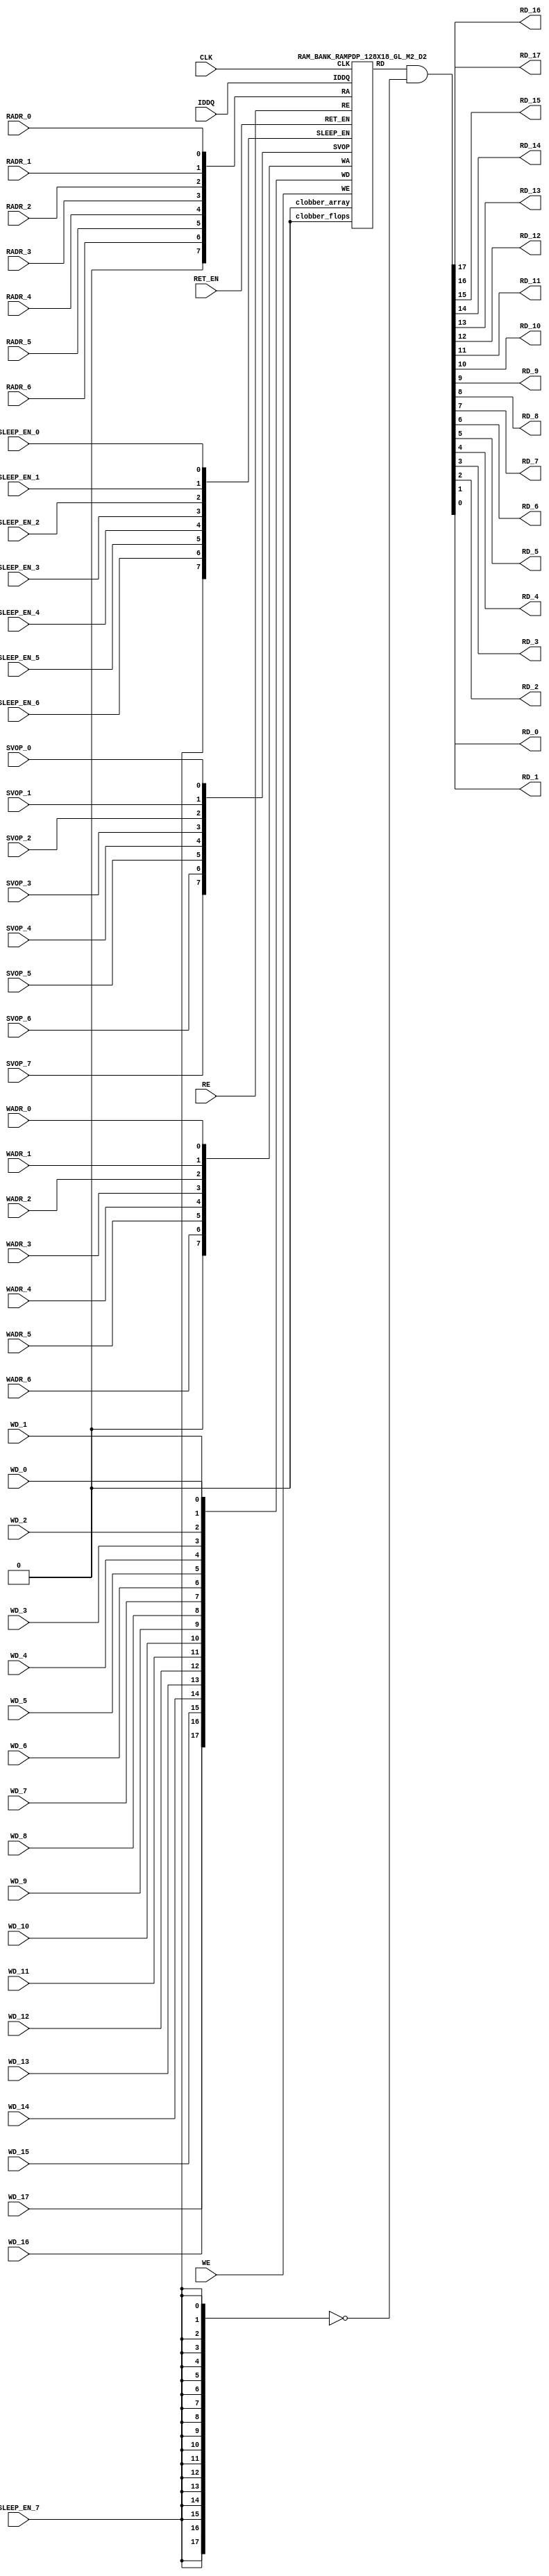
// ================================================================
// NVDLA Open Source Project
// 
// Copyright(c) 2016 - 2017 NVIDIA Corporation.  Licensed under the
// NVDLA Open Hardware License; Check "LICENSE" which comes with 
// this distribution for more information.
// ================================================================


`ifdef EMULATION
	`define SYNTHESIS
`endif

`ifndef SYNTHESIS
	`ifdef FAULT_INJECTION
		`define SIM_and_FAULT
	`endif
`endif

`ifndef SYNTHESIS
	`ifdef MONITOR
		`define SIM_and_MONITOR
	`endif
`endif


`ifndef SYNTHESIS 
`timescale 10ps/1ps
`endif 
`celldefine
module RAMPDP_128X18_GL_M2_D2 (  WE,  CLK, IDDQ, SVOP_0, SVOP_1, SVOP_2, SVOP_3, SVOP_4, SVOP_5, SVOP_6, SVOP_7 
,WD_17, WD_16, WD_15, WD_14, WD_13, WD_12, WD_11, WD_10, WD_9, WD_8, WD_7, WD_6, WD_5, WD_4, WD_3, WD_2, WD_1, WD_0,RD_17, RD_16, RD_15, RD_14, RD_13, RD_12, RD_11, RD_10, RD_9, RD_8, RD_7, RD_6, RD_5, RD_4, RD_3, RD_2, RD_1, RD_0, RE
, RADR_6, RADR_5, RADR_4, RADR_3, RADR_2, RADR_1, RADR_0, WADR_6, WADR_5, WADR_4, WADR_3, WADR_2, WADR_1, WADR_0, SLEEP_EN_7, SLEEP_EN_6, SLEEP_EN_5, SLEEP_EN_4, SLEEP_EN_3, SLEEP_EN_2, SLEEP_EN_1, SLEEP_EN_0, RET_EN
);

// nvProps NoBus SLEEP_EN_

`ifndef RAM_INTERFACE
`ifndef SYNTHESIS
// Physical ram size defined as localparam
parameter phy_rows = 64;
parameter phy_cols = 36;
parameter phy_rcols_pos = 36'b000000000000000000000000000000000000;

`endif //SYNTHESIS
`endif //RAM_INTERFACE

// Test mode control ports
input IDDQ;
// Clock port
input CLK;
// SVOP ports
input SVOP_0, SVOP_1, SVOP_2, SVOP_3, SVOP_4, SVOP_5, SVOP_6, SVOP_7;
// Write data ports
input WD_17, WD_16, WD_15, WD_14, WD_13, WD_12, WD_11, WD_10, WD_9, WD_8, WD_7, WD_6, WD_5, WD_4, WD_3, WD_2, WD_1, WD_0;
// Read data ports
output RD_17, RD_16, RD_15, RD_14, RD_13, RD_12, RD_11, RD_10, RD_9, RD_8, RD_7, RD_6, RD_5, RD_4, RD_3, RD_2, RD_1, RD_0;
// Read enable ports
input RE;
// Write enable ports
input WE;
// Read address ports
input RADR_6, RADR_5, RADR_4, RADR_3, RADR_2, RADR_1, RADR_0;
// Write address ports
input WADR_6, WADR_5, WADR_4, WADR_3, WADR_2, WADR_1, WADR_0;

// PG Zone enables
input SLEEP_EN_0, SLEEP_EN_1, SLEEP_EN_2, SLEEP_EN_3, SLEEP_EN_4, SLEEP_EN_5, SLEEP_EN_6, SLEEP_EN_7, RET_EN;

`ifndef RAM_INTERFACE
wire VDD = 1'b1;
wire GND  = 1'b0;

// Combine the sleep enable pins into one bus
	wire [7:0] SLEEP_EN = {SLEEP_EN_7, SLEEP_EN_6, SLEEP_EN_5, SLEEP_EN_4, SLEEP_EN_3, SLEEP_EN_2, SLEEP_EN_1, SLEEP_EN_0};

// Signal to clamp the outputs when the VDD is power gated off.
	wire clamp_rd   = SLEEP_EN[7] ;

// State point clobering signals
// X-out state points when their power goes out
    wire clobber_x;
`ifndef SYNTHESIS
`ifdef DISABLE_REPAIR_X
    wire check_x = (RET_EN ^ (^SLEEP_EN[7:0]) ^  SVOP_0 ^ SVOP_1 ^ SVOP_2 ^ SVOP_3 ^ SVOP_4 ^ SVOP_5 ^ SVOP_6 ^ SVOP_7);
`else 
    wire check_x = (RET_EN ^ (^SLEEP_EN[7:0]) ^  SVOP_0 ^ SVOP_1 ^ SVOP_2 ^ SVOP_3 ^ SVOP_4 ^ SVOP_5 ^ SVOP_6 ^ SVOP_7 );
`endif 
    assign clobber_x = ((check_x === 1'bx) || (check_x === 1'bz))?1'b1:1'b0;
 
    wire clobber_array = (~RET_EN & (|SLEEP_EN[3:0]))  | clobber_x;
    wire clobber_flops = (|SLEEP_EN[7:4]) | clobber_x ;
`else //SYNTHESIS
    wire clobber_array = 1'b0;
    wire clobber_flops = 1'b0;
    assign clobber_x = 1'b0;
`endif //SYNTHESIS 

// Output valid signal
// Outputs are unknown in non-retention mode if VDDM is powered up , but VDD is not 
    wire outvalid;
	assign outvalid = ~(clobber_x | (~RET_EN & (|SLEEP_EN[3:0]) & (|(~SLEEP_EN[7:4]))));


//assemble & rename wires
// Extend the MSB's of the read/write addresses to cover all the flop inputs
// The number of address flops is fixed. Also combine all the individual *_* bits into one bus
	wire [7:0] RA = {1'b0, RADR_6, RADR_5, RADR_4, RADR_3, RADR_2, RADR_1, RADR_0};
	wire [7:0] WA = {1'b0, WADR_6, WADR_5, WADR_4, WADR_3, WADR_2, WADR_1, WADR_0};
// Combine all the write data input bits
	wire [17:0] WD = {WD_17, WD_16, WD_15, WD_14, WD_13, WD_12, WD_11, WD_10, WD_9, WD_8, WD_7, WD_6, WD_5, WD_4, WD_3, WD_2, WD_1, WD_0};
	wire [17:0] RD;
// Expand the read data bus into individual output bits
//	assign {RD_17, RD_16, RD_15, RD_14, RD_13, RD_12, RD_11, RD_10, RD_9, RD_8, RD_7, RD_6, RD_5, RD_4, RD_3, RD_2, RD_1, RD_0} = (outvalid) ? RD : 18'bx;
// Do the read data swizzing based on the number of words and bits. 
`ifndef SYNTHESIS
	assign {RD_17, RD_16, RD_15, RD_14, RD_13, RD_12, RD_11, RD_10, RD_9, RD_8, RD_7, RD_6, RD_5, RD_4, RD_3, RD_2, RD_1, RD_0} = (outvalid) ? RD & ~{18{clamp_rd}} : 18'bx;
`else
	assign {RD_17, RD_16, RD_15, RD_14, RD_13, RD_12, RD_11, RD_10, RD_9, RD_8, RD_7, RD_6, RD_5, RD_4, RD_3, RD_2, RD_1, RD_0} =  RD & ~{18{clamp_rd}};
`endif
	wire [7:0] SVOP = {SVOP_7, SVOP_6, SVOP_5, SVOP_4, SVOP_3, SVOP_2, SVOP_1, SVOP_0};


`ifndef EMULATION

// Instantiate memory bank
// This block defines the core functionality of the rams.
	RAM_BANK_RAMPDP_128X18_GL_M2_D2 ITOP ( WE, CLK, IDDQ, SVOP, WD, RD, RE, RA, WA
, SLEEP_EN
,  RET_EN, clobber_array , clobber_flops 
);

`ifndef SYNTHESIS 
// Tasks for initializing the arrays
//VCS coverage off    
always  @(clobber_array) begin : clobber_array_block
    integer i;
    if (clobber_array) begin
	    for (i=0; i<128; i=i+1) begin
		     mem_wr_raw(i, {18{1'bx}});
		end
    end
end


always  @(clobber_flops) begin
  if (clobber_flops) begin
      ITOP.RE_LATB <= 1'bx;
      ITOP.RE_FF <= 1'bx;
      ITOP.WE_LATB <= 1'bx;
      ITOP.WE_FF <= 1'bx;
      ITOP.RADR <= 8'bx;
      ITOP.WADR <= 8'bx;
      ITOP.WAFF <= 8'bx;
      ITOP.WDQ_pr <= 18'bx;
      ITOP.dout <= 18'bx;
  end
end  
//VCS coverage on    

//VCS coverage off    
task mem_wr_raw;
  input [6:0] addr;
  input [17:0] data;
  begin
    if (addr[0] == 1'b0) 
        ITOP.iow0.mem_wr_raw_subbank(addr[6:1], data);
    else if (addr[0] == 1'b1)
        ITOP.iow1.mem_wr_raw_subbank(addr[6:1], data);
  end
endtask

// Ramgen function for writing the arrays 
task mem_write;
  input [6:0] addr;
  input [17:0] data;
  begin
    ITOP.mem_write_bank(addr,data);
  end
endtask

// Ramgen function for reading the arrays 
function [17:0] mem_read;
input [6:0] addr;
  begin
        mem_read = ITOP.mem_read_bank(addr);
  end
endfunction


// Random only generates 32 bit value.
// If nbits > 32, call it multiple times
// Old random fill fills all memory locations with same random value


task mem_fill_random;
	reg [17:0] val;
	integer i;
	begin
		for (i=0; i<128; i=i+1) begin
		    val = {$random};
		    mem_wr_raw(i, val);
		end
	end 
endtask

// Fill the memory with a given bit value 
task mem_fill_value;
    input fill_bit;
	reg [17:0] val;
    integer i;
    begin
        val = {18{fill_bit}};
        for (i=0; i<128; i=i+1) begin
		    mem_wr_raw(i, val);
        end
    end
endtask 

// read logical address and feed into salat
task force_rd;
input [6:0] addr;
	reg [17:0] rd;

	`ifdef USE_RAMINIT_LIBS
	reg raminit_active, raminit_argcheck, raminit_debug, raminit_enable, raminit_random, raminit_invert,
	    raminit_val, raminit_waitclock, raminit_use_force;
	real raminit_delay_ns, raminit_waitclock_check_ns;
	initial
	begin
	  raminit_active    = 0; // default is inactive (plusarg to active the ram init functionality)
	  raminit_argcheck  = 0; // default is no plusargs check (apart from raminit_active and raminit_argcheck)
	  raminit_debug     = 0; // default is no debug messages
	  raminit_enable    = 0; // default is no init (variable indicating if the ram init functionality is enabled for this instance)
	  raminit_random    = 0; // default is no random init
	  raminit_invert    = 0; // default is not to invert the init value
	  raminit_val       = 0; // default init value is zero
	  raminit_waitclock = 0; // default is not to wait to clock to be non-X
	  raminit_use_force = 1; // default is to use force/release
	  raminit_delay_ns           = `ifdef NV_TOP_RESET_ON_DELAY  (`NV_TOP_RESET_ON_DELAY+2) `else 3 `endif; // default is 2ns after nv_top_reset_ goes low or ram clock is not X
	  raminit_waitclock_check_ns = `ifdef NV_TOP_RESET_OFF_DELAY (`NV_TOP_RESET_OFF_DELAY)  `else 0 `endif; // default is when nv_top_reset_ goes high
	  $value$plusargs("raminit_active=%d",    raminit_active);
	  $value$plusargs("raminit_argcheck=%d",  raminit_argcheck);
	  if (raminit_argcheck)
	  begin
	    // The following variables are not usually used as plusargs, but instead set through add_inst_array calls or the init_inst_file.
	    $value$plusargs("raminit_debug=%d",              raminit_debug);
	    $value$plusargs("raminit_enable=%d",             raminit_enable);
	    $value$plusargs("raminit_random=%d",             raminit_random);
	    $value$plusargs("raminit_invert=%d",             raminit_invert);
	    $value$plusargs("raminit_val=%d",                raminit_val);
	    $value$plusargs("raminit_waitclock=%d",          raminit_waitclock);
	    $value$plusargs("raminit_delay_ns=%f",           raminit_delay_ns);
	    $value$plusargs("raminit_waitclock_check_ns=%f", raminit_waitclock_check_ns);
	    $value$plusargs("raminit_use_force=%d",          raminit_use_force);
	  end
	  `ifdef INST_CHECK
	  `INST_CHECK(ram_inst_check0,raminit_active,raminit_debug,raminit_enable,raminit_random,raminit_val,raminit_invert,raminit_waitclock,raminit_delay_ns,raminit_waitclock_check_ns);
	  `endif
	  if (!raminit_active)  raminit_enable = 0;
	  else if (raminit_enable)
	  begin
	    if (raminit_random) raminit_val = `ifdef NO_PLI 1'b0 `else $RollPLI(0,1) `endif;
	    if (raminit_invert) raminit_val = ~raminit_val;
	  end
	  if (raminit_debug)
	  begin
	    $display("%m: raminit_active              = %d", raminit_active);
	    $display("%m: raminit_argcheck            = %d", raminit_argcheck);
	    $display("%m: raminit_debug               = %d", raminit_debug);
	    $display("%m: raminit_enable              = %d", raminit_enable);
	    $display("%m: raminit_random              = %d", raminit_random);
	    $display("%m: raminit_invert              = %d", raminit_invert);
	    $display("%m: raminit_val                 = %d", raminit_val);
	    $display("%m: raminit_waitclock           = %d", raminit_waitclock);
	    $display("%m: raminit_delay_ns            = %f ns", raminit_delay_ns);
	    $display("%m: raminit_waitclock_check_ns  = %f ns", raminit_waitclock_check_ns);
	    $display("%m: raminit_use_force           = %d", raminit_use_force);
	  end
	end
	`endif

	`ifdef USE_RAMINIT_LIBS
	// init rd
	task init_rd_regs;
	begin
	  #0; // wait for raminit variables to be set
	  if (raminit_enable)
	  begin : raminit_val_blk
	    reg [18-1:0] raminit_fullval;
	    if (raminit_random)  raminit_fullval = `ifdef NO_PLI {18 {1'b1}} `else { $RollPLI(0,{18{1'b1}}) } `endif ;
	    else                 raminit_fullval = {18 {raminit_val}};
	    if (raminit_invert)  raminit_fullval = ~raminit_fullval;
	    if (raminit_use_force)  force rd = raminit_fullval;
	    if (raminit_waitclock)  wait ( !== 1'bx);
	    #(raminit_delay_ns*100);
	    `ifdef INST_WAITCLOCK_CHECK
	    `INST_WAITCLOCK_CHECK(waitclock_inst_check0,raminit_waitclock,raminit_waitclock_check_ns,100)
	    `endif
	    if (raminit_use_force)  release rd;
	    rd = raminit_fullval;
	  end
	end
	endtask
	initial begin init_rd_regs();  end
	`ifdef RAMINIT_TRIGGER
	always @(`RAMINIT_TRIGGER)  init_rd_regs();
	`endif
	`endif // `ifdef USE_RAMINIT_LIBS

	begin
        if (addr[0] == 1'b0) 
            rd = ITOP.iow0.mem_read_raw_subbank(addr[6:1]);
        else if (addr[0] == 1'b1)
            rd = ITOP.iow1.mem_read_raw_subbank(addr[6:1]);
		ITOP.dout = rd;
	end
endtask

`ifdef MEM_PHYS_INFO
//function for physical array read row, takes physical address
function [35:0] mem_phys_read_padr;
input [5:0] addr;
	reg [35:0] rd_row;

	`ifdef USE_RAMINIT_LIBS
	// init rd_row
	task init_rd_row_regs;
	begin
	  #0; // wait for raminit variables to be set
	  if (raminit_enable)
	  begin : raminit_val_blk
	    reg [36-1:0] raminit_fullval;
	    if (raminit_random)  raminit_fullval = `ifdef NO_PLI {36 {1'b1}} `else { $RollPLI(0,{32{1'b1}}), $RollPLI(0,{4{1'b1}}) } `endif ;
	    else                 raminit_fullval = {36 {raminit_val}};
	    if (raminit_invert)  raminit_fullval = ~raminit_fullval;
	    if (raminit_use_force)  force rd_row = raminit_fullval;
	    if (raminit_waitclock)  wait ( !== 1'bx);
	    #(raminit_delay_ns*100);
	    `ifdef INST_WAITCLOCK_CHECK
	    `INST_WAITCLOCK_CHECK(waitclock_inst_check1,raminit_waitclock,raminit_waitclock_check_ns,100)
	    `endif
	    if (raminit_use_force)  release rd_row;
	    rd_row = raminit_fullval;
	  end
	end
	endtask
	initial begin init_rd_row_regs();  end
	`ifdef RAMINIT_TRIGGER
	always @(`RAMINIT_TRIGGER)  init_rd_row_regs();
	`endif
	`endif // `ifdef USE_RAMINIT_LIBS

	reg [17:0] rd[1:0];
	integer i;
	begin
        rd[0] = ITOP.iow0.mem_read_raw_subbank(addr);
        rd[1] = ITOP.iow1.mem_read_raw_subbank(addr);
        for (i=0; i<=17; i=i+1) begin
            rd_row[i*2+0] = rd[0][i];
            rd_row[i*2+1] = rd[1][i];
		end
		mem_phys_read_padr = rd_row;
	end
endfunction

//function for physical array read row, takes logical address
function [35:0] mem_phys_read_ladr;
input [6:0] addr;
    reg [5:0] paddr;
	reg [35:0] rd_row;

	`ifdef USE_RAMINIT_LIBS
	// init rd_row
	task init_rd_row_regs;
	begin
	  #0; // wait for raminit variables to be set
	  if (raminit_enable)
	  begin : raminit_val_blk
	    reg [36-1:0] raminit_fullval;
	    if (raminit_random)  raminit_fullval = `ifdef NO_PLI {36 {1'b1}} `else { $RollPLI(0,{32{1'b1}}), $RollPLI(0,{4{1'b1}}) } `endif ;
	    else                 raminit_fullval = {36 {raminit_val}};
	    if (raminit_invert)  raminit_fullval = ~raminit_fullval;
	    if (raminit_use_force)  force rd_row = raminit_fullval;
	    if (raminit_waitclock)  wait ( !== 1'bx);
	    #(raminit_delay_ns*100);
	    `ifdef INST_WAITCLOCK_CHECK
	    `INST_WAITCLOCK_CHECK(waitclock_inst_check2,raminit_waitclock,raminit_waitclock_check_ns,100)
	    `endif
	    if (raminit_use_force)  release rd_row;
	    rd_row = raminit_fullval;
	  end
	end
	endtask
	initial begin init_rd_row_regs();  end
	`ifdef RAMINIT_TRIGGER
	always @(`RAMINIT_TRIGGER)  init_rd_row_regs();
	`endif
	`endif // `ifdef USE_RAMINIT_LIBS

	reg [17:0] rd[1:0];
	integer i;
	begin
        paddr = (addr >> 1);
        rd[0] = ITOP.iow0.mem_read_raw_subbank(paddr);
        rd[1] = ITOP.iow1.mem_read_raw_subbank(paddr);
        for (i=0; i<=17; i=i+1) begin
            rd_row[i*2+0] = rd[0][i];
            rd_row[i*2+1] = rd[1][i];
		end
		mem_phys_read_ladr = rd_row;
	end
endfunction


//function for physical array read row with column masking, takes logical address
function [35:0] mem_phys_read_pmasked;
input [6:0] addr;
   reg [35:0] rd_row;

   `ifdef USE_RAMINIT_LIBS
   // init rd_row
   task init_rd_row_regs;
   begin
     #0; // wait for raminit variables to be set
     if (raminit_enable)
     begin : raminit_val_blk
       reg [36-1:0] raminit_fullval;
       if (raminit_random)  raminit_fullval = `ifdef NO_PLI {36 {1'b1}} `else { $RollPLI(0,{32{1'b1}}), $RollPLI(0,{4{1'b1}}) } `endif ;
       else                 raminit_fullval = {36 {raminit_val}};
       if (raminit_invert)  raminit_fullval = ~raminit_fullval;
       if (raminit_use_force)  force rd_row = raminit_fullval;
       if (raminit_waitclock)  wait ( !== 1'bx);
       #(raminit_delay_ns*100);
       `ifdef INST_WAITCLOCK_CHECK
       `INST_WAITCLOCK_CHECK(waitclock_inst_check3,raminit_waitclock,raminit_waitclock_check_ns,100)
       `endif
       if (raminit_use_force)  release rd_row;
       rd_row = raminit_fullval;
     end
   end
   endtask
   initial begin init_rd_row_regs();  end
   `ifdef RAMINIT_TRIGGER
   always @(`RAMINIT_TRIGGER)  init_rd_row_regs();
   `endif
   `endif // `ifdef USE_RAMINIT_LIBS

   reg [17:0] rd[1 : 0];
   integer i;
   begin
        rd[0] = (addr[0:0] === 0) ? ITOP.iow0.mem_read_raw_subbank(addr[6:1]) : 18'bx;
        rd[1] = (addr[0:0] === 1) ? ITOP.iow1.mem_read_raw_subbank(addr[6:1]) : 18'bx;
        for (i=0; i<=17; i=i+1) begin
            rd_row[i*2+0] = rd[0][i];
            rd_row[i*2+1] = rd[1][i];
        end
        mem_phys_read_pmasked = rd_row;
    end
endfunction

//Task for physical array write row, takes physical address
task mem_phys_write;
input [5:0] addr;
input [35:0] data;
	reg [17:0] wr[1:0];
	integer i;
	begin
        for (i=0; i<=17; i=i+1) begin
            wr[0][i] = data[i*2+0];
            wr[1][i] = data[i*2+1];
		end
        ITOP.iow0.mem_wr_raw_subbank(addr,wr[0]);
        ITOP.iow1.mem_wr_raw_subbank(addr,wr[1]);
	end
endtask

// Function to return a physical address given a logical address input.
function [5:0] mem_log_to_phys_adr;
input [6:0] addr;
    begin
        mem_log_to_phys_adr = (addr >> 1) ; 
    end
endfunction 
`endif //MEM_PHYS_INFO

`ifdef MONITOR
// Monitor dump trigger
reg dump_monitor_result;

initial begin : init_monitor
  dump_monitor_result = 1'b0;
end

task monitor_on;
    begin
		ITOP.iow0.monitor_on = 1'b1;
		ITOP.iow1.monitor_on = 1'b1;
   end
endtask

task monitor_off;
    begin
		ITOP.iow0.monitor_on = 1'b0;
		ITOP.iow1.monitor_on = 1'b0;
        dump_monitor_result = 1'b1;
    end
endtask

// read bit_written monitor row by physical address from subarray
function [35:0] mon_bit_w;
input [5:0] addr;
	reg [35:0] mon_row;
	reg [17:0] mon_word[1:0];
	integer i;
	begin
		// read all monitor words for a row
		mon_word[0] = ITOP.iow0.bit_written[addr];
		mon_word[1] = ITOP.iow1.bit_written[addr];
		// combine all 2 words to a row
		for (i=0; i<=17; i=i+1) begin
			mon_row[i*2+0] = mon_word[0][i];
			mon_row[i*2+1] = mon_word[1][i];
		end
		mon_bit_w = mon_row;
	end
endfunction

// read bit_read monitor word by address from subarray
function [35:0] mon_bit_r;
input [5:0] addr;
	reg [35:0] mon_row;
	reg [17:0] mon_word[1:0];
	integer i;
	begin
		// read all monitor words for a row
		mon_word[0] = ITOP.iow0.bit_read[addr];
		mon_word[1] = ITOP.iow1.bit_read[addr];
		// combine all 2 words to a row
		for (i=0; i<=17; i=i+1) begin
			mon_row[i*2+0] = mon_word[0][i];
			mon_row[i*2+1] = mon_word[1][i];
		end
		mon_bit_r = mon_row;
	end
endfunction

// read word_written monitor row by physical address from subarray
function  mon_word_w;
input [5:0] addr;
	reg mon_word[1:0];
	integer i;
	begin
		// read all monitor words for a row
		mon_word[0] = ITOP.iow0.word_written[addr];
		mon_word[1] = ITOP.iow1.word_written[addr];
		// combine all 2 words to a row
		mon_word_w = mon_word[0] | mon_word[1] ;
	end
endfunction

// read word_read monitor row by physical address from subarray
function  mon_word_r;
input [5:0] addr;
	reg mon_word[1:0];
	integer i;
	begin
		// read all monitor words for a row
		mon_word[0] = ITOP.iow0.word_read[addr];
		mon_word[1] = ITOP.iow1.word_read[addr];
		// combine all 2 words to a row
		mon_word_r = mon_word[0] | mon_word[1] ;
	end
endfunction

always @(dump_monitor_result) begin : dump_monitor
	integer i;
	integer j;
	reg [35:0] tmp_row;
    reg tmp_bit;
	if (dump_monitor_result == 1'b1) begin
	    $display("Exercised coverage summary:");
        $display("\t%m rows unwritten:");
        for(i=0;i<=64;i=i+1) begin
			tmp_bit = mon_word_w(i);
            if (tmp_bit !== 1) $display("\t\trow %d", i);
		end
        $display("\t%m rows unread:");
        for(i=0;i<=64;i=i+1) begin
			tmp_bit = mon_word_r(i);
            if (tmp_bit !== 1) $display("\t\trow %d", i);
		end
		$display("\t%m bits not written as 0:");
		for (i=0; i<64; i=i+1) begin
			tmp_row = mon_bit_w(i);
			for (j=0; j<36; j=j+1) begin
				if (tmp_row[j] !== 1'b0 && tmp_row[j] !== 1'bz) $display("\t\t[row,bit] [%d,%d]", i, j);
			end
		end
		$display("\t%m bits not written as 1:");
		for (i=0; i<64; i=i+1) begin
			tmp_row = mon_bit_w(i);
			for (j=0; j<36; j=j+1) begin
				if (tmp_row[j] !== 1'b1 && tmp_row[j] !== 1'bz) $display("\t\t[row,bit] [%d,%d]", i, j);
			end
		end
		$display("\t%m bits not read as 0:");
		for (i=0; i<64; i=i+1) begin
			tmp_row = mon_bit_r(i);
			for (j=0; j<36; j=j+1) begin
				if (tmp_row[j] !== 1'b0 && tmp_row[j] !== 1'bz) $display("\t\t[row,bit] [%d,%d]", i, j);
			end
		end
		$display("\t%m bits not read as 1:");
		for (i=0; i<64; i=i+1) begin
			tmp_row = mon_bit_r(i);
			for (j=0; j<36; j=j+1) begin
				if (tmp_row[j] !== 1'b1 && tmp_row[j] !== 1'bz) $display("\t\t[row,bit] [%d,%d]", i, j);
			end
		end
		dump_monitor_result = 1'b0;
	end
end

//VCS coverage on    
`endif // MONITOR

`ifdef NV_RAM_EXPAND_ARRAY
wire [17:0] Q_0 = ITOP.iow0.arr[0];
wire [17:0] Q_1 = ITOP.iow1.arr[0];
wire [17:0] Q_2 = ITOP.iow0.arr[1];
wire [17:0] Q_3 = ITOP.iow1.arr[1];
wire [17:0] Q_4 = ITOP.iow0.arr[2];
wire [17:0] Q_5 = ITOP.iow1.arr[2];
wire [17:0] Q_6 = ITOP.iow0.arr[3];
wire [17:0] Q_7 = ITOP.iow1.arr[3];
wire [17:0] Q_8 = ITOP.iow0.arr[4];
wire [17:0] Q_9 = ITOP.iow1.arr[4];
wire [17:0] Q_10 = ITOP.iow0.arr[5];
wire [17:0] Q_11 = ITOP.iow1.arr[5];
wire [17:0] Q_12 = ITOP.iow0.arr[6];
wire [17:0] Q_13 = ITOP.iow1.arr[6];
wire [17:0] Q_14 = ITOP.iow0.arr[7];
wire [17:0] Q_15 = ITOP.iow1.arr[7];
wire [17:0] Q_16 = ITOP.iow0.arr[8];
wire [17:0] Q_17 = ITOP.iow1.arr[8];
wire [17:0] Q_18 = ITOP.iow0.arr[9];
wire [17:0] Q_19 = ITOP.iow1.arr[9];
wire [17:0] Q_20 = ITOP.iow0.arr[10];
wire [17:0] Q_21 = ITOP.iow1.arr[10];
wire [17:0] Q_22 = ITOP.iow0.arr[11];
wire [17:0] Q_23 = ITOP.iow1.arr[11];
wire [17:0] Q_24 = ITOP.iow0.arr[12];
wire [17:0] Q_25 = ITOP.iow1.arr[12];
wire [17:0] Q_26 = ITOP.iow0.arr[13];
wire [17:0] Q_27 = ITOP.iow1.arr[13];
wire [17:0] Q_28 = ITOP.iow0.arr[14];
wire [17:0] Q_29 = ITOP.iow1.arr[14];
wire [17:0] Q_30 = ITOP.iow0.arr[15];
wire [17:0] Q_31 = ITOP.iow1.arr[15];
wire [17:0] Q_32 = ITOP.iow0.arr[16];
wire [17:0] Q_33 = ITOP.iow1.arr[16];
wire [17:0] Q_34 = ITOP.iow0.arr[17];
wire [17:0] Q_35 = ITOP.iow1.arr[17];
wire [17:0] Q_36 = ITOP.iow0.arr[18];
wire [17:0] Q_37 = ITOP.iow1.arr[18];
wire [17:0] Q_38 = ITOP.iow0.arr[19];
wire [17:0] Q_39 = ITOP.iow1.arr[19];
wire [17:0] Q_40 = ITOP.iow0.arr[20];
wire [17:0] Q_41 = ITOP.iow1.arr[20];
wire [17:0] Q_42 = ITOP.iow0.arr[21];
wire [17:0] Q_43 = ITOP.iow1.arr[21];
wire [17:0] Q_44 = ITOP.iow0.arr[22];
wire [17:0] Q_45 = ITOP.iow1.arr[22];
wire [17:0] Q_46 = ITOP.iow0.arr[23];
wire [17:0] Q_47 = ITOP.iow1.arr[23];
wire [17:0] Q_48 = ITOP.iow0.arr[24];
wire [17:0] Q_49 = ITOP.iow1.arr[24];
wire [17:0] Q_50 = ITOP.iow0.arr[25];
wire [17:0] Q_51 = ITOP.iow1.arr[25];
wire [17:0] Q_52 = ITOP.iow0.arr[26];
wire [17:0] Q_53 = ITOP.iow1.arr[26];
wire [17:0] Q_54 = ITOP.iow0.arr[27];
wire [17:0] Q_55 = ITOP.iow1.arr[27];
wire [17:0] Q_56 = ITOP.iow0.arr[28];
wire [17:0] Q_57 = ITOP.iow1.arr[28];
wire [17:0] Q_58 = ITOP.iow0.arr[29];
wire [17:0] Q_59 = ITOP.iow1.arr[29];
wire [17:0] Q_60 = ITOP.iow0.arr[30];
wire [17:0] Q_61 = ITOP.iow1.arr[30];
wire [17:0] Q_62 = ITOP.iow0.arr[31];
wire [17:0] Q_63 = ITOP.iow1.arr[31];
wire [17:0] Q_64 = ITOP.iow0.arr[32];
wire [17:0] Q_65 = ITOP.iow1.arr[32];
wire [17:0] Q_66 = ITOP.iow0.arr[33];
wire [17:0] Q_67 = ITOP.iow1.arr[33];
wire [17:0] Q_68 = ITOP.iow0.arr[34];
wire [17:0] Q_69 = ITOP.iow1.arr[34];
wire [17:0] Q_70 = ITOP.iow0.arr[35];
wire [17:0] Q_71 = ITOP.iow1.arr[35];
wire [17:0] Q_72 = ITOP.iow0.arr[36];
wire [17:0] Q_73 = ITOP.iow1.arr[36];
wire [17:0] Q_74 = ITOP.iow0.arr[37];
wire [17:0] Q_75 = ITOP.iow1.arr[37];
wire [17:0] Q_76 = ITOP.iow0.arr[38];
wire [17:0] Q_77 = ITOP.iow1.arr[38];
wire [17:0] Q_78 = ITOP.iow0.arr[39];
wire [17:0] Q_79 = ITOP.iow1.arr[39];
wire [17:0] Q_80 = ITOP.iow0.arr[40];
wire [17:0] Q_81 = ITOP.iow1.arr[40];
wire [17:0] Q_82 = ITOP.iow0.arr[41];
wire [17:0] Q_83 = ITOP.iow1.arr[41];
wire [17:0] Q_84 = ITOP.iow0.arr[42];
wire [17:0] Q_85 = ITOP.iow1.arr[42];
wire [17:0] Q_86 = ITOP.iow0.arr[43];
wire [17:0] Q_87 = ITOP.iow1.arr[43];
wire [17:0] Q_88 = ITOP.iow0.arr[44];
wire [17:0] Q_89 = ITOP.iow1.arr[44];
wire [17:0] Q_90 = ITOP.iow0.arr[45];
wire [17:0] Q_91 = ITOP.iow1.arr[45];
wire [17:0] Q_92 = ITOP.iow0.arr[46];
wire [17:0] Q_93 = ITOP.iow1.arr[46];
wire [17:0] Q_94 = ITOP.iow0.arr[47];
wire [17:0] Q_95 = ITOP.iow1.arr[47];
wire [17:0] Q_96 = ITOP.iow0.arr[48];
wire [17:0] Q_97 = ITOP.iow1.arr[48];
wire [17:0] Q_98 = ITOP.iow0.arr[49];
wire [17:0] Q_99 = ITOP.iow1.arr[49];
wire [17:0] Q_100 = ITOP.iow0.arr[50];
wire [17:0] Q_101 = ITOP.iow1.arr[50];
wire [17:0] Q_102 = ITOP.iow0.arr[51];
wire [17:0] Q_103 = ITOP.iow1.arr[51];
wire [17:0] Q_104 = ITOP.iow0.arr[52];
wire [17:0] Q_105 = ITOP.iow1.arr[52];
wire [17:0] Q_106 = ITOP.iow0.arr[53];
wire [17:0] Q_107 = ITOP.iow1.arr[53];
wire [17:0] Q_108 = ITOP.iow0.arr[54];
wire [17:0] Q_109 = ITOP.iow1.arr[54];
wire [17:0] Q_110 = ITOP.iow0.arr[55];
wire [17:0] Q_111 = ITOP.iow1.arr[55];
wire [17:0] Q_112 = ITOP.iow0.arr[56];
wire [17:0] Q_113 = ITOP.iow1.arr[56];
wire [17:0] Q_114 = ITOP.iow0.arr[57];
wire [17:0] Q_115 = ITOP.iow1.arr[57];
wire [17:0] Q_116 = ITOP.iow0.arr[58];
wire [17:0] Q_117 = ITOP.iow1.arr[58];
wire [17:0] Q_118 = ITOP.iow0.arr[59];
wire [17:0] Q_119 = ITOP.iow1.arr[59];
wire [17:0] Q_120 = ITOP.iow0.arr[60];
wire [17:0] Q_121 = ITOP.iow1.arr[60];
wire [17:0] Q_122 = ITOP.iow0.arr[61];
wire [17:0] Q_123 = ITOP.iow1.arr[61];
wire [17:0] Q_124 = ITOP.iow0.arr[62];
wire [17:0] Q_125 = ITOP.iow1.arr[62];
wire [17:0] Q_126 = ITOP.iow0.arr[63];
wire [17:0] Q_127 = ITOP.iow1.arr[63];
`endif //NV_RAM_EXPAND_ARRAY
`endif //SYNTHESIS

`ifdef FAULT_INJECTION
// BIST stuck at tasks
// induce faults on columns
//VCS coverage off    
task mem_fault_no_write;
input [17:0] fault_mask;
    begin
        ITOP.iow0.mem_fault_no_write_subbank(fault_mask);
        ITOP.iow1.mem_fault_no_write_subbank(fault_mask);
    end
endtask

task mem_fault_stuck_0;
input [17:0] fault_mask;
    begin
        ITOP.iow0.mem_fault_stuck_0_subbank(fault_mask);
        ITOP.iow1.mem_fault_stuck_0_subbank(fault_mask);
    end
endtask

task mem_fault_stuck_1;
input [17:0] fault_mask;
    begin
        ITOP.iow0.mem_fault_stuck_1_subbank(fault_mask);
        ITOP.iow1.mem_fault_stuck_1_subbank(fault_mask);
    end
endtask

task set_bit_fault_stuck_0;
input r;
input c;
integer r;
integer c;

  if ( (r % 2) == 0) 
    ITOP.iow0.set_bit_fault_stuck_0_subbank((r/2), c);
  else if  ( (r % 2) == 1)
    ITOP.iow1.set_bit_fault_stuck_0_subbank((r/2), c);

endtask

task set_bit_fault_stuck_1;
input r;
input c;
integer r;
integer c;
 
    if ( (r % 2) == 0) 
    ITOP.iow0.set_bit_fault_stuck_1_subbank((r/2), c);
  else if  ( (r % 2) == 1)
    ITOP.iow1.set_bit_fault_stuck_1_subbank((r/2), c);

endtask

task clear_bit_fault_stuck_0;
input r;
input c;
integer r;
integer c;

  if ( (r % 2) == 0) 
    ITOP.iow0.clear_bit_fault_stuck_0_subbank((r/2), c);
  else if  ( (r % 2) == 1)
    ITOP.iow1.clear_bit_fault_stuck_0_subbank((r/2), c);

endtask

task clear_bit_fault_stuck_1;
input r;
input c;
integer r;
integer c;

  if ( (r % 2) == 0) 
    ITOP.iow0.clear_bit_fault_stuck_1_subbank((r/2), c);
  else if  ( (r % 2) == 1)
    ITOP.iow1.clear_bit_fault_stuck_1_subbank((r/2), c);

endtask
//VCS coverage on    

`endif // STUCK
`else // EMULATION=1 
//VCS coverage off    
// The emulation model is a simple model which models only basic functionality and contains no test logic or redundancy.
// The model also uses flops wherever possible. Latches are avoided to help close timing on the emulator.
// The unused pins are left floating in the model.

// Register declarations
// enables 
    reg RE_FF,WE_FF,RE_LAT,WE_LAT;
// Addresses 
    reg [7:0] RAFF,WAFF;
// Data 
    reg [17:0] WD_FF;
    reg [17:0] RD_LAT;
 
// Latch the enables
//spyglass disable_block IntClock,W18 
    always @(*) begin 
        if (!CLK) begin
            RE_LAT <= RE; 
            WE_LAT <= WE; 
        end 
    end
//spyglass enable_block IntClock,W18 
            
// Flop the enables : RE/WE/RE_O
    always @(posedge CLK) begin
        RE_FF <= RE; //spyglass disable IntClock
        WE_FF <= WE; //spyglass disable IntClock
    end 

// Gated clock for the read/write operations 
    wire RECLK = CLK & RE_LAT; //spyglass disable GatedClock
    wire WECLK = CLK & WE_LAT; //spyglass disable GatedClock

// Flop the addresses/write data//mask 
    always @(posedge RECLK) 
        RAFF <= RA; //spyglass disable IntClock
    always @(posedge WECLK) begin 
        WAFF <= WA; //spyglass disable IntClock
        WD_FF <= WD; //spyglass disable IntClock
    end 



// Memory 
    reg [17:0] mem[127:0]; 

// write into the memory on negative edge of clock
   wire WRCLK = ~CLK & WE_FF ; //spyglass disable GatedClock
 
    always @(posedge WRCLK)
        mem[WAFF] <= WD_FF; //spyglass disable SYNTH_5130

// Read 
    wire [17:0] dout;
    assign dout = mem[RAFF]; //spyglass disable SYNTH_5130
    reg [17:0] dout_LAT;
    always @(RECLK or dout) 
        if (RECLK) 
            dout_LAT <= dout; //spyglass disable W18
    assign RD = dout_LAT;

`endif // EMULATION
//VCS coverage on    
`endif  // end RAM_INTERFACE
endmodule
`endcelldefine

`ifndef RAM_INTERFACE
`ifndef EMULATION

//memory bank block
module RAM_BANK_RAMPDP_128X18_GL_M2_D2 ( WE, CLK, IDDQ, SVOP, WD, RD, RE, RA, WA
, SLEEP_EN
, RET_EN , clobber_array , clobber_flops 
);

// Input/output port definitions
input  WE, CLK, IDDQ , RE;
input [7:0] SVOP;
input [17:0] WD;
input [7:0] RA, WA;
output [17:0] RD;
input [7:0] SLEEP_EN;

input RET_EN , clobber_array , clobber_flops ; 

// When there is no bypass requested, tie the internal bypass select to 0.
    wire RDBYP = 1'b0;
//Definitions of latches and flops in the design
// *_LAT --> Latched value
// *_LATB --> inverted latch value
// *_FF   --> Flopped version
	reg RE_LATB, RE_FF, WE_LATB, WE_FF;
	reg [7:0] RADR, WADR, WAFF;

    // For non-pipelined rams , capture_dis is disabled
    wire CAPT_DIS = 1'b0;

// Clamp the array access when IDDQ=1
	wire CLAMPB = ~IDDQ;
	wire latffclk = CLK;

// Latch and flop the primary control enables. This is on the unconditional clock.
// spyglass disable_block W18
	always @(*) begin
    // Latch part 
		if(!latffclk & !clobber_flops) begin
            RE_LATB     <= ~RE ;
            // Write Enable 
			WE_LATB     <= ~WE; // spyglass disable IntClock
		end // end if
	end // end always

	always @(*) begin
    // Flop part
		if (latffclk & !clobber_flops) begin
        // Flop outputs of the latches above
            WE_FF      <= ~WE_LATB;
			RE_FF      <= ~RE_LATB;
        end // end if
    end // end always
// spyglass enable_block W18
    
// Conditional clock generation.

// Write enable	and clock
// Clocks are generated when the write enable OR SE == 1 , but SHOLD == 0
    wire we_se   = ~WE_LATB;
	wire WRDCLK  = we_se & latffclk & !clobber_flops; // spyglass disable GatedClock
	wire WADRCLK = WRDCLK;

// Read enable and clock
// There is no SHOLD dependence on the read clocks because these are implemented using loopback flops
// Clocks are generated when the Read enable OR SE == 1
    wire re_se   = ~RE_LATB;
	wire RADRCLK =  re_se & latffclk ;

//  *** The model reads in A , writes in B ***
// Read clock to the memory is off the rising edge of clock
// CLk ==1 , when RE=1 or (SE=1 and SCRE=1) && (ACC_DIS == 1)
// SE=1 and SCRE=1 is needed to force known values into the latches for launch in testmodes.
	wire RECLK   = (~RE_LATB) & CLAMPB & !clobber_flops & !RET_EN & CLK;
// Writes are shifted to the low phase of the clock
// Flopped version of the enables are used to prevent glitches in the clock
// SCWI ==1 prevents writes into the memory
    wire WECLK   = WE_FF &  CLAMPB & !clobber_flops & !RET_EN & ~CLK;
	wire RWSEL   = WE_FF &  CLAMPB & ~CLK;



// Latch read addresses
// spyglass disable_block W18
	always @(*) begin
		if(!RADRCLK & !clobber_flops) begin
			RADR <= RA;
		end // end if
	end // end always


// Flop write address
	always @(posedge WADRCLK) begin
		WAFF <= WA ;
	end
// spyglass enable_block W18


// Force the MSB's to 0 in the SCRE mode. This makes sure that we will always read in from valid addresses for resetting the output latches.
	wire [7:0] RADRSWI = RADR[7:0];
// Select the read address when CLK=1 and write addresses when CLK=0
	wire [7:0] ADR = {8{RWSEL}} & WAFF | ~{8{RWSEL}} & RADRSWI;

	wire [7:0] fusePDEC2;
	wire [7:0] fusePDEC1;
	wire [7:0] fusePDEC0;
    wire fuseien;
// Non repairable rams
    assign fusePDEC2 = {8{1'b0}};
    assign fusePDEC1 = {8{1'b0}};
    assign fusePDEC0 = {8{1'b0}};
    assign fuseien = 0;

//io part
	wire [17:0] WDQ;
	wire [17:0] WDBQ;
	wire [17:0] WMNexp;
	wire [17:0] WMNQ;

// Expand the fuse predec to 512 bits . It follows the 8x8x8 repeat pattern
// We will use only the ones needed for this particular ram configuration and ignore the rest
	wire [511:0] PDEC2 = {{64{fusePDEC2[7]}}, {64{fusePDEC2[6]}}, {64{fusePDEC2[5]}}, {64{fusePDEC2[4]}}, {64{fusePDEC2[3]}}, {64{fusePDEC2[2]}}, {64{fusePDEC2[1]}}, {64{fusePDEC2[0]}}};
	wire [511:0] PDEC1 = {8{{8{fusePDEC1[7]}}, {8{fusePDEC1[6]}}, {8{fusePDEC1[5]}}, {8{fusePDEC1[4]}}, {8{fusePDEC1[3]}}, {8{fusePDEC1[2]}}, {8{fusePDEC1[1]}}, {8{fusePDEC1[0]}}}};
	wire [511:0] PDEC0 = {64{fusePDEC0[7:0]}};
	wire [17:0] BADBIT, SHFT;

// SHIFT<*> == 1 --> No repair at that bit , 0 --> repair at that bit .
// SHIFT<X> == not(and Pdec*<X>) & SHIFT<X-1>
    assign BADBIT = {18{1'b0}};
    assign SHFT   = {18{1'b1}};

    reg [17:0] WDQ_pr;
    wire [17:0] WDBQ_pr;

    assign WMNexp = {18{1'b1}};

    always @(posedge WRDCLK) begin
// Flop write data
		WDQ_pr[17:0]    <= WD & WMNexp;
	end

    assign WDBQ_pr = ~WDQ_pr;

    assign WMNQ = (WDQ | WDBQ);
	assign WDQ  = WDQ_pr;
	assign WDBQ = WDBQ_pr;

    reg [17:0] dout;
	wire [17:0] RD;
	wire RD_rdnt;

	wire [17:0] sel_normal, sel_redun;

// Read bypass is not used for non custom ram
	wire [17:0] RDBYPASS = {18{1'b0}};


// Read bypass will override redunancy mux .
	assign sel_redun  = ~SHFT & ~RDBYPASS;
	assign sel_normal =  SHFT & ~RDBYPASS;

// Non pipelined Read out. This is a 2 to 1 mux with bypass taking priority
	assign RD = sel_normal & dout | RDBYPASS & WDQ_pr;


// FOR SIMULATION ONLY. REMOVE WHEN ASSERTIONS ARE AVAILABLE!
// The following section figures out the unused address space and forces a X out on the reads/prevents writes
// #unusedbits 1 #lowcmidx 1 #cmstep 1 #cm 2 #maxaddr 128
    wire legal, tiedvalid, empadd;
// Tied off address bits
// This should always be 1 if the tie-off logic at the top-level is correct. 
    assign tiedvalid = ~(|ADR[7:7]);

// Max address is 128 --> ['1', '1', '1', '1', '1', '1', '1']
    assign empadd = 1'b0;
// It is a legal input address if it does not fall in the empty space.
    assign legal = tiedvalid & ~empadd ;
    
    wire [17:0] force_x;
`ifndef SYNTHESIS
    assign force_x = {18{1'bx}};
`else 
    assign force_x = {18{1'b0}};
`endif 

// Generate the read and write clocks for the various CM banks
    wire RdClk0,RdClk1;
    wire WrClk0,WrClk1;
    
    assign RdClk0 = RECLK & ~RADRSWI[0];
    assign RdClk1 = RECLK & RADRSWI[0];
    
    assign WrClk0 = WECLK & ~WAFF[0] & legal;
    assign WrClk1 = WECLK & WAFF[0] & legal;
    
    wire [17:0] rmuxd0, rmuxd1;
    wire [17:0] dout0, dout1;

// Mux the way reads onto the final read busa
// Output X's if the address is invalid
//    assign rmuxd0 = legal ? {18{RdClk0}} & ~dout0 : force_x;
//    assign rmuxd1 = legal ? {18{RdClk1}} & ~dout1 : force_x;
    assign rmuxd0 = {18{RdClk0}} & ~dout0 ;
    assign rmuxd1 = {18{RdClk1}} & ~dout1 ;
    always @(RECLK or rmuxd0 or rmuxd1)
    begin
        if (RECLK)
	    begin
            dout[17:0] <= (rmuxd0[17:0] | rmuxd1[17:0]); // spyglass disable W18 
        end
    end
// Instantiate the memory banks. One for each CM .
    RAMPDP_128X18_GL_M2_D2_ram # (64, 18, 7) iow0 (
		WAFF[7:1],
		WrClk0,
        WMNQ,
		WDQ,
		RADRSWI[7:1],
		dout0
	);

    RAMPDP_128X18_GL_M2_D2_ram # (64, 18, 7) iow1 (
		WAFF[7:1],
		WrClk1,
        WMNQ,
		WDQ,
		RADRSWI[7:1],
		dout1
	);

 
`ifndef SYNTHESIS 
// Tasks for initializing the arrays
// Ramgen function for writing the arrays 
//VCS coverage off    
task mem_write_bank;
  input [6:0] addr;
  input [17:0] data;
  reg   [17:0] wdat;
  begin
    wdat = data;
    if (addr[0] == 1'b0) 
        iow0.mem_wr_raw_subbank(addr[6:1], wdat);
    else if (addr[0] == 1'b1)
        iow1.mem_wr_raw_subbank(addr[6:1], wdat);
  end
endtask

// Ramgen function for reading the arrays 
function [17:0] mem_read_bank;
input [6:0] addr;
reg [17:0] memout;
  begin
    if (addr[0] == 1'b0) 
        memout = iow0.mem_read_raw_subbank(addr[6:1]);
    else if (addr[0] == 1'b1)
        memout = iow1.mem_read_raw_subbank(addr[6:1]);
    mem_read_bank = memout;
  end
endfunction
//VCS coverage on    

`endif  //SYNTHESIS

endmodule
`endif // end EMULATION
`endif // end RAM_INTERFACE 

`ifndef RAM_INTERFACE
`ifndef EMULATION
module RAMPDP_128X18_GL_M2_D2_ram (
   wadr,
   wrclk,
   wrmaskn,
   wrdata,
   radr,
   rout_B
);

// default parameters
parameter  words =  64;
parameter  bits  =  18;
parameter  addrs =  7;

// Write address
input  [addrs-1:0] wadr;
// Write clock
input  wrclk;
// Write data
input  [bits-1:0] wrdata;
// Write Mask
input  [bits-1:0] wrmaskn;

// Read address
input  [addrs-1:0] radr;
// Read out
wire   [bits-1:0]  rdarr;
output [bits-1:0] rout_B;


// Memory . words X bits
reg    [bits-1:0]  arr[0:words-1];

`ifdef SIM_and_FAULT
// regs for inducing faults
reg [bits-1:0] fault_no_write; // block writes to this column
reg [bits-1:0] fault_stuck_0;  // column always reads as 0
reg [bits-1:0] fault_stuck_1;  // column always reads as 1
reg [bits-1:0] bit_fault_stuck_0[0:words-1];  // column always reads as 0
reg [bits-1:0] bit_fault_stuck_1[0:words-1];  // column always reads as 1

initial begin : init_bit_fault_stuck
    integer i;
    integer j;
    fault_no_write = {bits{1'b0}};
    fault_stuck_0  = {bits{1'b0}};
    fault_stuck_1  = {bits{1'b0}};
    for ( i =0; i <=words; i=i+1) begin
        bit_fault_stuck_0[i] = {bits{1'b0}};
        bit_fault_stuck_1[i] = {bits{1'b0}};
    end
end
`endif // FAULT

`ifdef SIM_and_MONITOR
//VCS coverage off    
// monitor variables
reg monitor_on;
reg [words-1:0] word_written;
reg [words-1:0] word_read;
reg [bits-1:0] bit_written[0:words-1];
reg [bits-1:0] bit_read[0:words-1];

initial begin : init_monitor
  integer i;
  monitor_on = 1'b0; 
  for(i=0;i<= words-1;i=i+1) begin
      word_written[i] = 1'b0;
      word_read[i] = 1'b0;
      bit_written[i] = {bits{1'bx}};
      bit_read[i] = {bits{1'bx}};
  end
end  
`endif // MONITOR
//VCS coverage on    

// Bit write enable
// Write only when mask=1. Else hold the data.
`ifdef SIM_and_FAULT
// Include fault registers
wire [bits-1:0] bwe = wrmaskn & ~fault_no_write;
`else //SIM_and_FAULT
wire [bits-1:0] bwe = wrmaskn ;
`endif //SIM_and_FAULT
wire [bits-1:0] bitclk = {bits{wrclk}} & bwe ;

integer i;
`ifdef SIM_and_FAULT
always @(bitclk or wadr or wrdata)
`else 
always @(wrclk or wadr or wrdata)
`endif 
begin
`ifdef SIM_and_FAULT
    for (i=0 ; i<bits ; i=i+1) 
    begin
        if (bitclk[i])
            arr[wadr][i] <= wrdata[i]; // spyglass disable SYNTH_5130,W18
    end
`else 
    if (wrclk) 
        arr[wadr] <= wrdata; // spyglass disable SYNTH_5130,W18
`endif
`ifdef SIM_and_MONITOR
//VCS coverage off    
    for (i=0 ; i<bits ; i=i+1) 
    begin
`ifdef SIM_and_FAULT
        if (bitclk[i]) 
`else 
        if (wrclk)
`endif // FAULT
        begin
            // Check which bits are being written. Also track the values as per table below.
            // 1'bx = not accessed
            // 1'b0 = accessed as a 0
            // 1'b1 = accessed as a 1
            // 1'bz = accessed as both 0 and 1 
            if (monitor_on) begin 
				case (bit_written[wadr][i]) // spyglass disable SYNTH_5130,W18
					1'bx: bit_written[wadr][i] = wrdata[i];
					1'b0: bit_written[wadr][i] = wrdata[i] == 1 ? 1'bz : 1'b0;
					1'b1: bit_written[wadr][i] = wrdata[i] == 0 ? 1'bz : 1'b1;
					1'bz: bit_written[wadr][i] = 1'bz;
				endcase
            end
        end // if
    end //for
    if (monitor_on) begin 
    // Word is considered written if any of the bits are written
`ifdef SIM_and_FAULT
        word_written[wadr] <= |(bitclk) | word_written[wadr]; // spyglass disable SYNTH_5130,W18
`else 
        word_written[wadr] <= wrclk | word_written[wadr]; // spyglass disable SYNTH_5130,W18
`endif // FAULT
    end
`endif // MONITOR
//VCS coverage on    
end

`ifdef SIM_and_FAULT
// Include fault registers
wire [bits-1:0] bre = ~(bit_fault_stuck_1[radr] | bit_fault_stuck_0[radr]); // spyglass disable SYNTH_5130
`else //SIM_and_FAULT
wire [bits-1:0] bre = {bits{1'b1}};
`endif //SIM_and_FAULT

// Read the unlatched data out.
`ifdef SIM_and_FAULT
assign rdarr = (~arr[radr] | bit_fault_stuck_0[radr]) & ~bit_fault_stuck_1[radr]; // spyglass disable SYNTH_5130
`else 
assign rdarr = ~arr[radr]; // spyglass disable SYNTH_5130
`endif 

`ifdef SIM_and_MONITOR
//VCS coverage off    
always @radr begin
    // Check if a bit in the word can be read.
    // 1'bx = not accessed
    // 1'b0 = accessed as a 0
    // 1'b1 = accessed as a 1
    // 1'bz = accessed as both 0 and 1 
    if (monitor_on) begin
        for (i=0; i<bits; i=i+1) begin
	        if (bre[i]) begin
	            case (bit_read[radr][i])
				    1'bx: bit_read[radr][i] = rdarr[i];
					1'b0: bit_read[radr][i] = rdarr[i] == 1 ? 1'bz : 1'b0;
					1'b1: bit_read[radr][i] = rdarr[i] == 0 ? 1'bz : 1'b1;
					1'bz: bit_read[radr][i] = 1'bz;
		        endcase
	        end
	    end
    end 
    // Word is marked read only if any of the bits are read.
    word_read[radr] = |(bre);
end
//VCS coverage on    
`endif // MONITOR

`ifndef SYNTHESIS 
assign #0.1 rout_B = rdarr;
`else 
assign  rout_B = rdarr;
`endif

`ifndef SYNTHESIS
// Task for initializing the arrays

//VCS coverage off    
task mem_wr_raw_subbank;
  input [addrs-1:0] addr;
  input [17:0] data;
  begin
    arr[addr] = data;
  end
endtask

// function for array read
function [17:0] mem_read_raw_subbank;
input [addrs-1:0] addr;
	mem_read_raw_subbank = arr[addr];
endfunction

`ifdef FAULT_INJECTION
// BIST Tasks for inducing faults
// induce faults on columns
task mem_fault_no_write_subbank;
  input [bits-1:0] fault_mask;
   begin
    fault_no_write = fault_mask;
  end
endtask

// Stuck at 0 for entire memory
task mem_fault_stuck_0_subbank;
  input [bits-1:0] fault_mask;
  integer i;
   begin
    for ( i=0; i<words; i=i+1 ) begin
      bit_fault_stuck_0[i] = fault_mask;
    end
  end
endtask

// Stuck at 1 for entire memory
task mem_fault_stuck_1_subbank;
  input [bits-1:0] fault_mask;
  integer i;
   begin
    for ( i=0; i<words; i=i+1 ) begin
      bit_fault_stuck_1[i] = fault_mask;
    end
  end
endtask

// Stuck at 0 for specific bit
task set_bit_fault_stuck_0_subbank;
  input r;
  input c;
  integer r;
  integer c;
  bit_fault_stuck_0[r][c] = 1;
endtask

// Stuck at 1 for specific bit
task set_bit_fault_stuck_1_subbank;
  input r;
  input c;
  integer r;
  integer c;
  bit_fault_stuck_1[r][c] = 1;
endtask

// Clear stuck 0 at bit
task clear_bit_fault_stuck_0_subbank;
  input r;
  input c;
  integer r;
  integer c;
  bit_fault_stuck_0[r][c] = 0;
endtask

// Clear stuck 1 at bit
task clear_bit_fault_stuck_1_subbank;
  input r;
  input c;
  integer r;
  integer c;
  bit_fault_stuck_1[r][c] = 0;
endtask
//VCS coverage on    
`endif //STUCK
`endif //SYNTHESIS

endmodule
`endif // end EMULATION
`endif // end RAM_INTERFACE